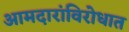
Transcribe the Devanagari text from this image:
आमदारांविरोधात